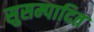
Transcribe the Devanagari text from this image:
सुसम्पादित